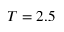
T = 2 . 5